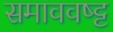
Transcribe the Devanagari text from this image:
समाववष्ट्ट